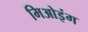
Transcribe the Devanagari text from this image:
मिओइंग